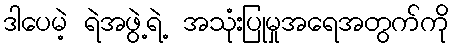
ဒါပေမဲ့ ရဲအဖွဲ့ရဲ့ အသုံးပြုမှုအရေအတွက်ကို